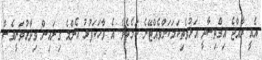
އެއީ ރާއްޖެ އިޤްތިސާދީ އަޅުވެތިކަމަކަށްވެއްޓޭނެ ކަމެކެވެ. އެ ވާހަކަފުޅު އެންމެ ގިނައިން ވިދާޅުވަނީވެސް